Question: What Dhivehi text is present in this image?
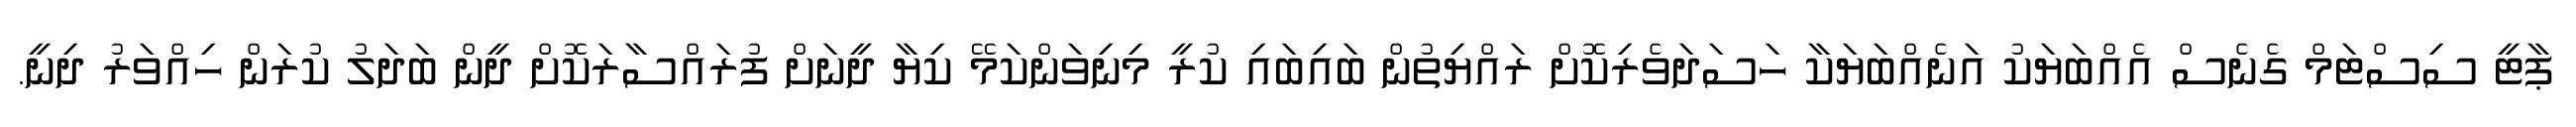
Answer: ޕާޓީ ސިސްޓަމް ގެނެސް އެއްބަޔަކު އަނެއްބަޔަކާ ހަސަދަވެރިކޮށް ރައްޔިތުން ބައިބައި ކުރީ މިނިވަންކަމޭ ކިޔާ ދީނަށް ފުރައްސާރަކޮށް ދީން ބަދަލު ކުރަން ހިއްވަރު ދިނީ.